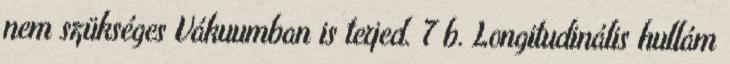
nem szükséges Vákuumban is terjed. 7 b. Longitudinális hullám